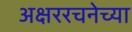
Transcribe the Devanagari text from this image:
अक्षररचनेच्या